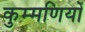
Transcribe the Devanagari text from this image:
कुम्मणियों